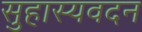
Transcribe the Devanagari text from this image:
सुहास्यवदन